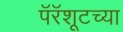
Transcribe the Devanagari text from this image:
पॅरॅशूटच्या